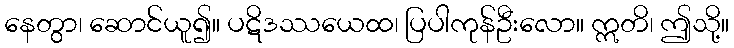
နေတွာ၊ ဆောင်ယူ၍။ ပဋိဒဿယေထ၊ ပြပါကုန်ဦးလော။ ဣတိ၊ ဤသို့။